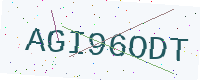
Text: AGI96ODT